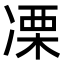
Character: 凓